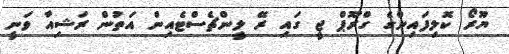
ޔޫރޯ ކޮލިފައިންގެ ގްރޫޕް ޖީ ގައި ރޭ ލީންޗެސްޓެއިން އަތުން ރަޝިއާ ވަނީ